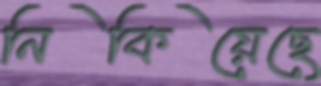
নিকিয়েছে